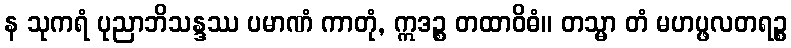
န သုကရံ ပုညာဘိသန္ဒဿ ပမာဏံ ကာတုံ, ဣဒဉ္စ တထာဝိဓံ။ တသ္မာ တံ မဟပ္ဖလတရဉ္စ